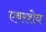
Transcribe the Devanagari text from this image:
एबरशेव